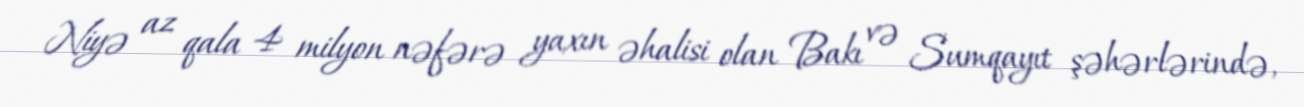
Niyə az qala 4 milyon nəfərə yaxın əhalisi olan Bakı və Sumqayıt şəhərlərində,